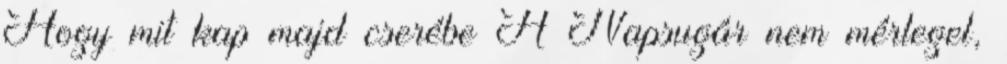
Hogy mit kap majd cserébe A Napsugár nem mérlegel,